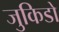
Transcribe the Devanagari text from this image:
जुकिडो